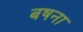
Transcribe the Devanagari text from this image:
बषना